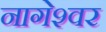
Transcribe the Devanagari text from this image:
नागेश्‍वर